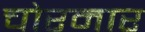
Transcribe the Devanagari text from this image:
चोरमार